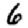
Digit: 6